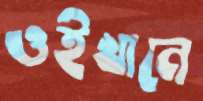
ওইখানে